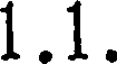
1.1.